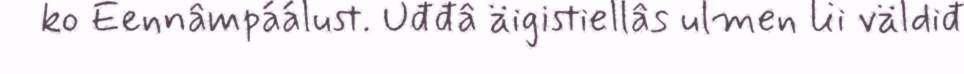
ko Eennâmpáálust. Uđđâ äigistiellâs ulmen lii väldiđ